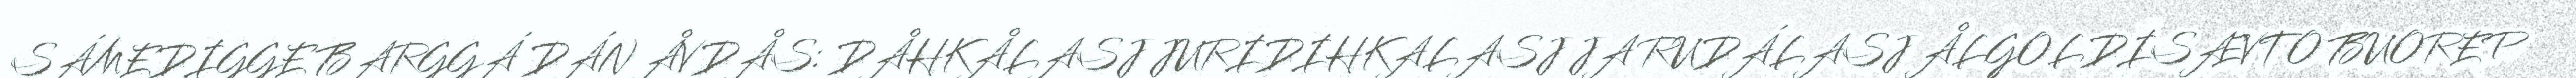
SÁMEDIGGE BARGGÁ DÁN ÅVDÅS: DÅHKÅLASJ JURIDIHKALASJ JA RUDÁLASJ ÅLGOLDISÆVTO BUOREP